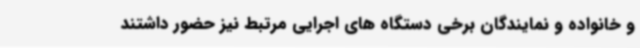
و خانواده و نمایندگان برخی دستگاه های اجرایی مرتبط نیز حضور داشتند